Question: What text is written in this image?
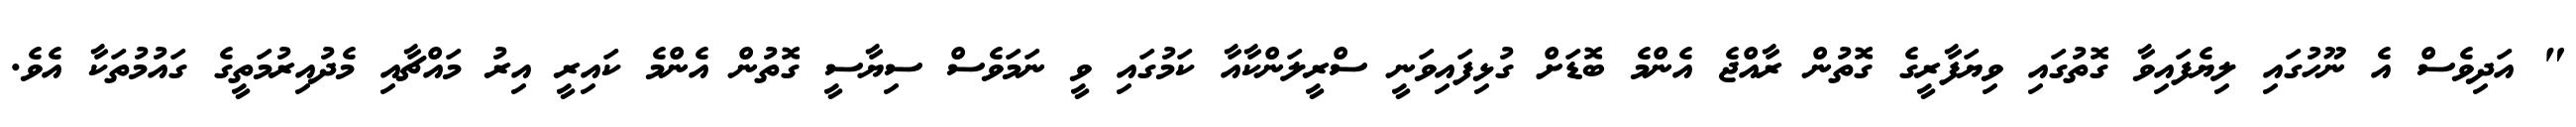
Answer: " އަދިވެސް އެ ނޫހުގައި ލިޔެފައިވާ ގޮތުގައި ވިޔަފާރީގެ ގޮތުން ރާއްޖެ އެންމެ ބޮޑަށް ގުޅިފައިވަނީ ސްރީލަންކާއާ ކަމުގައި ވީ ނަމަވެސް ސިޔާސީ ގޮތުން އެންމެ ކައިރީ އިރު މައްޗާއި މެދުއިރުމަތީގެ ގައުމުތަކާ އެވެ.